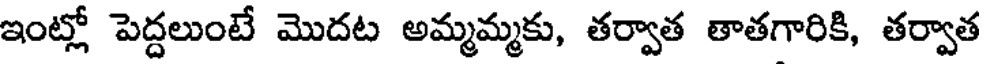
ఇంట్లో పెద్దలుంటే మొదట అమ్మమ్మకు, తర్వాత తాతగారికి, తర్వాత